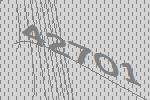
42701